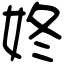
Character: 㚵